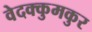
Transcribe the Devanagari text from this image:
वेदक्कुमकुर